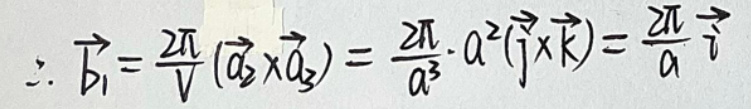
\(\therefore \overrightarrow { b _ { 1 } } = \frac { 2 \pi } { V } ( \overrightarrow { a _ { 2 } } \times \overrightarrow { a _ { 3 } } ) = \frac { 2 \pi } { a ^ { 3 } } \cdot a ^ { 2 } ( \overrightarrow { j } \times \overrightarrow { k } ) = \frac { 2 \pi } { a } \overrightarrow { j }\)